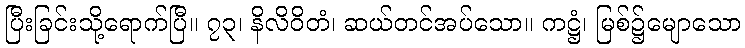
ပြီးခြင်းသို့ရောက်ပြီ။ ၇၃၊ နိလိဝိတံ၊ ဆယ်တင်အပ်သော။ ကဋ္ဌံ၊ မြစ်၌မျောသော